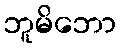
ဘူမိဘော